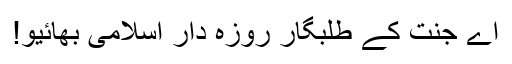
اے جنَّت کے طَلَبگار روزہ دار اِسلامی بھائیو!